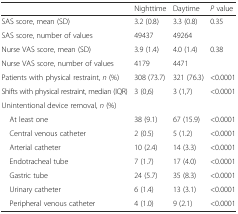
|  | Nighttime | Daytime | P value |
 | --- | --- | --- | --- |
 | SAS score, mean (SD) | 3.2 (0.8) | 3.3 (0.8) | <ROWSPAN=2> 0.35 |
 | SAS score, number of values | 49437 | 49264 |
 | Nurse VAS score, mean (SD) | 3.9 (1.4) | 4.0 (1.4) | <ROWSPAN=2> 0.38 |
 | Nurse VAS score, number of values | 4179 | 4471 |
 | Patients with physical restraint, n (%) | 308 (73.7) | 321 (76.3) | <0.0001 |
 | Shifts with physical restraint, median (IQR) | 3 (0,6) | 3 (1,7) | <0.0001 |
 | <COLSPAN=4> Unintentional device removal, n (%) |
 | At least one | 38 (9.1) | 67 (15.9) | <0.0001 |
 | Central venous catheter | 2 (0.5) | 5 (1.2) | <0.0001 |
 | Arterial catheter | 10 (2.4) | 14 (3.3) | <0.0001 |
 | Endotracheal tube | 7 (1.7) | 17 (4.0) | <0.0001 |
 | Gastric tube | 24 (5.7) | 35 (8.3) | <0.0001 |
 | Urinary catheter | 6 (1.4) | 13 (3.1) | <0.0001 |
 | Peripheral venous catheter | 4 (1.0) | 9 (2.1) | <0.0001 |